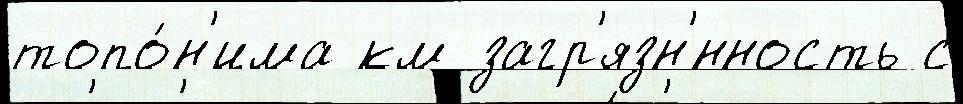
топо́н'има км загр'язн'́нность с